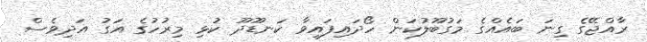
ރާއްޖޭގެ ގިނަ ބައެއްގެ މަގުބޫލުކަން ހޯދައިފައިވާ ކަނޑޫދޫ ކުޅި މިރުހުގެ އަގު އަދިވެސް